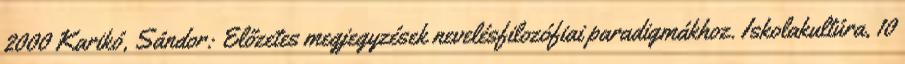
2000 Karikó, Sándor: Előzetes megjegyzések nevelésfilozófiai paradigmákhoz. Iskolakultúra, 10